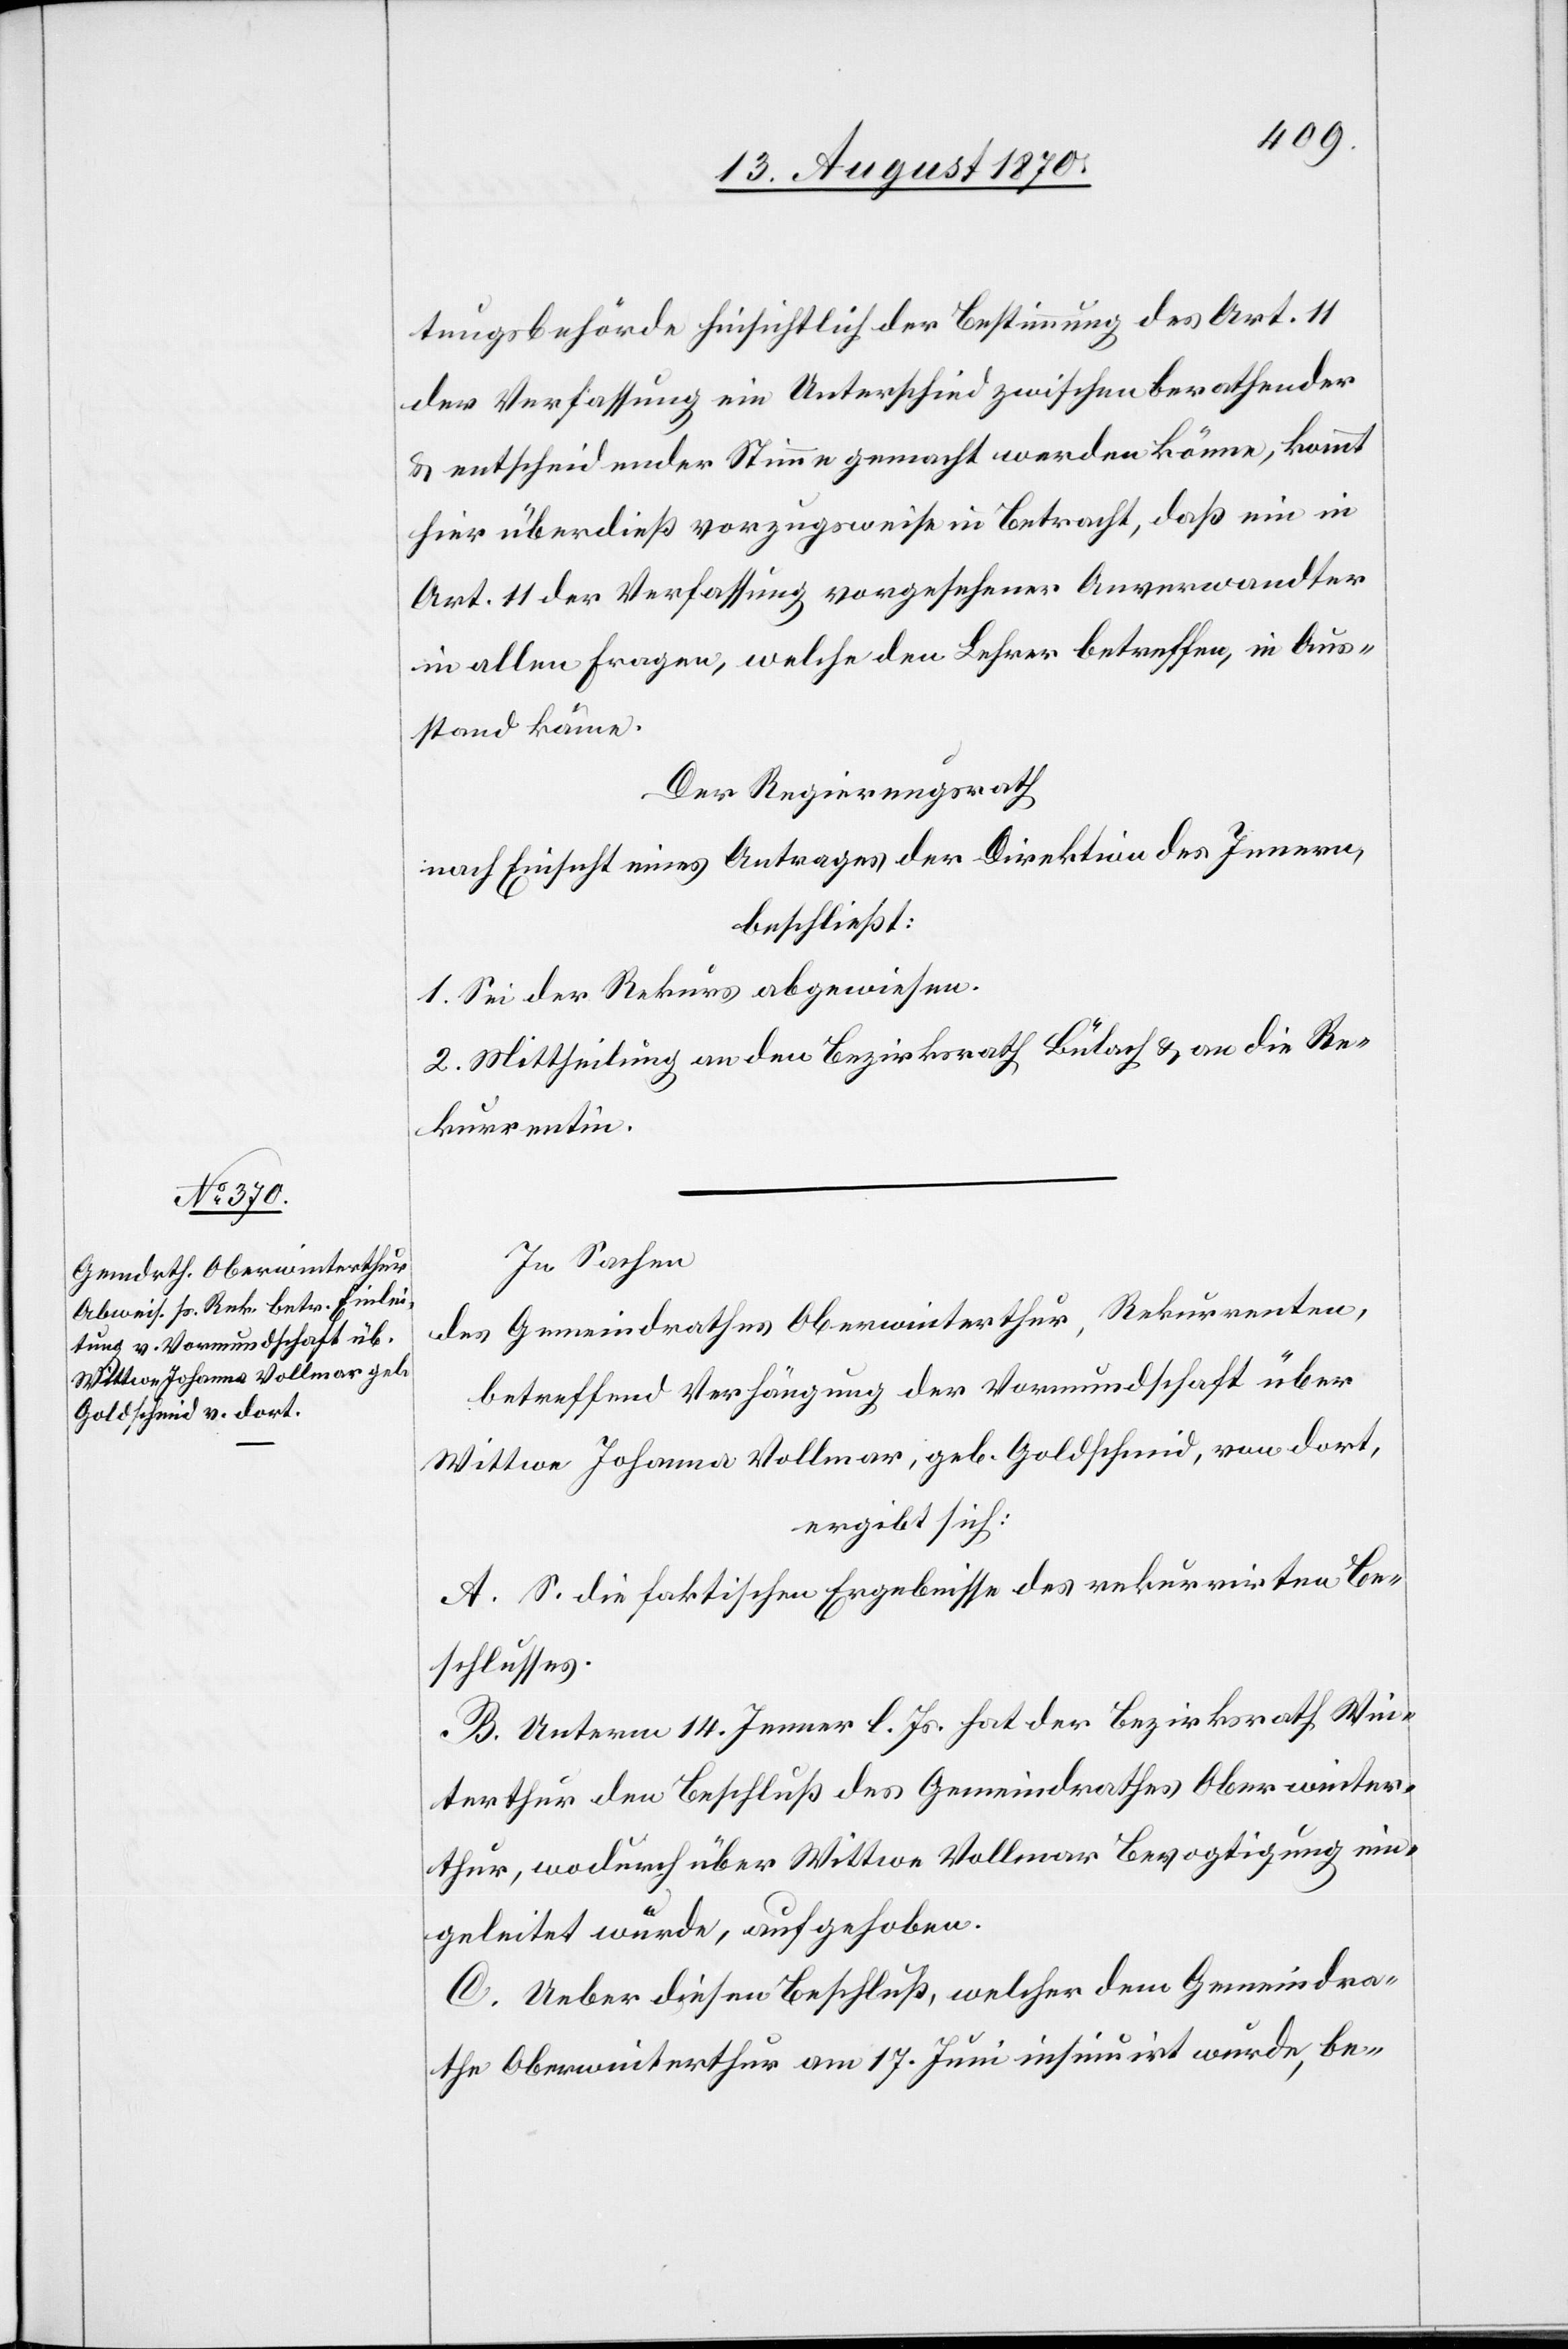
tungsbehörde hinsichtlich der Bestimmung des Art. 11
der Verfassung ein Unterschied zwischen berathender
& entscheidender Stimme gemacht werden könne, kommt
hier überdieß vorzugsweise in Betracht, daß ein in
Art. 11 der Verfassung vorgesehener Anverwandter
in allen Fragen, welche den Lehrer betreffend, in Aus¬
stand käme.
Der Regierungsrath
nach Einsicht eines Antrages der Direktion des Innern,
beschließt:
1. Sei der Rekurs abgewiesen.
2. Mittheilung an den Bezirksrath Bülach & an die Re¬
kurrentin.
In Sachen
des Gemeindrathes Oberwinterthur, Rekurrenten,
betreffend Verhängung der Vormundschaft über
Wittwe Johanna Vollmar, geb. Goldschmid, von dort,
ergibt sich:
A. S. die faktischen Ergebnisse des rekurrirten Be¬
schlusses.
B. Unterm 14. Januar l. Js. hat der Bezirksrath Win¬
terthur den Beschluß des Gemeindrathes Oberwinter¬
thur, wodurch über Wittwe Vollmar Bevogtigung ein¬
geleitet wurde, aufgehoben.
C. Ueber diesen Beschluß, welcher dem Gemeindrä¬
the Oberwinterthur am 17. Juni insinuirt wurde, be-